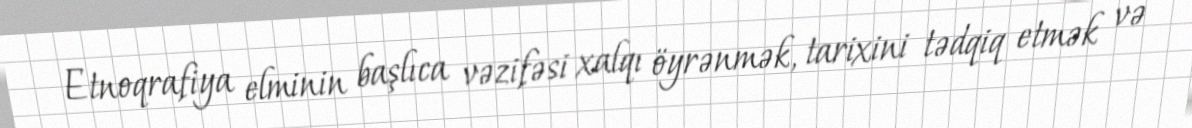
Etnoqrafiya elminin başlıca vəzifəsi xalqı öyrənmək, tarixini tədqiq etmək və